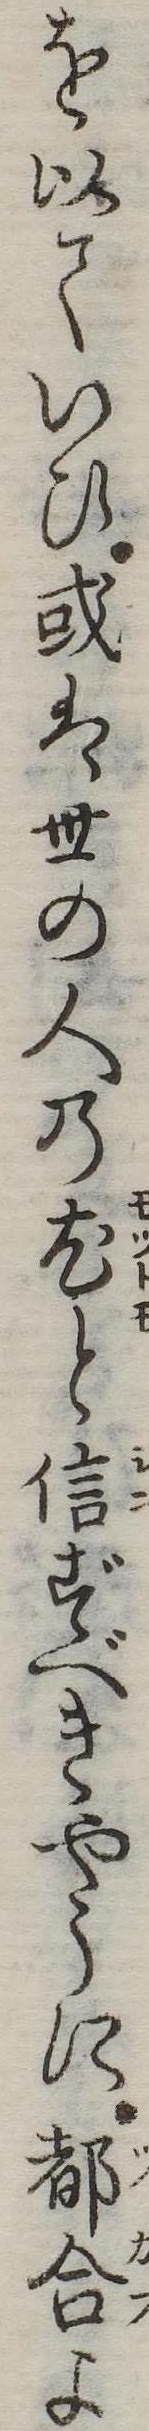
を以ていひ或は世の人の尤と信ずべきやうに都合よ